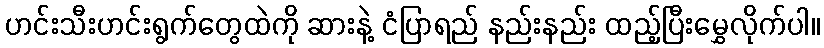
ဟင်းသီးဟင်းရွက်တွေထဲကို ဆားနဲ့ ငံပြာရည် နည်းနည်း ထည့်ပြီးမွှေလိုက်ပါ။